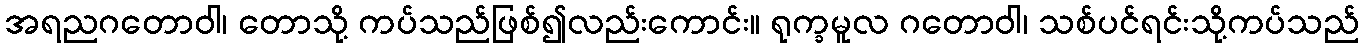
အရညဂတောဝါ၊ တောသို့ ကပ်သည်ဖြစ်၍လည်းကောင်း။ ရုက္ခမူလ ဂတောဝါ၊ သစ်ပင်ရင်းသို့ကပ်သည်